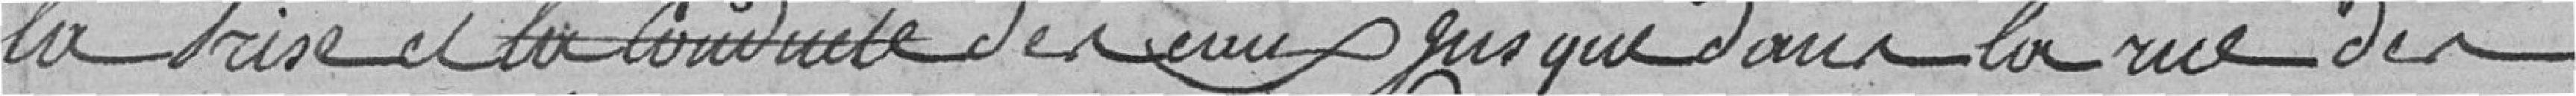
la prise et la conduite des eaux jusque dans la rue des